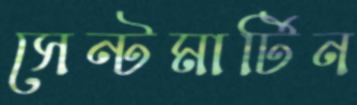
সেন্টমার্টিন